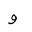
Letter: _waw